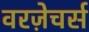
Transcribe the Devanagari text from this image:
वरज़ेचर्स